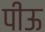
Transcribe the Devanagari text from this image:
पीऊ